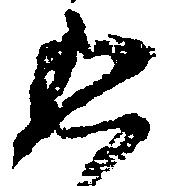
返